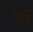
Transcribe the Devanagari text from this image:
म्हनू